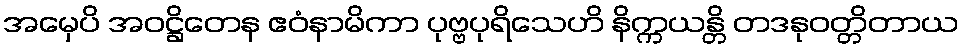
အမှေပိ အဝဋ္ဌိတေန ဧဝံနာမိကာ ပုဗ္ဗပုရိသေဟိ နိက္ကယန္တိ တဒနုဝတ္တိတာယ